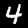
Digit: 4